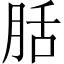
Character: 䏦